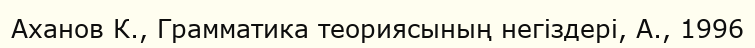
Аханов К., Грамматика теориясының негіздері, А., 1996